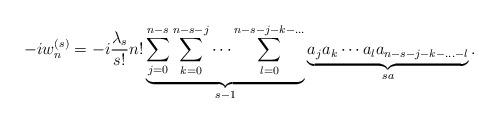
LaTeX: \begin{align*}- iw^{(s)}_n &= -i\frac{\lambda_s }{s!}n! \underbrace{\sum_{j=0}^{ n-s} \sum_{k=0}^{n-s-j} \cdots \sum_{l=0}^{n-s-j-k-\ldots}}_{s-1 } \underbrace{a_j a_k \cdots a_l a_{n-s-j-k-\ldots -l}}_{s a} .\end{align*}